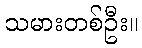
သမားတစ်ဦး။